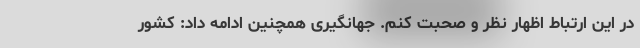
در این ارتباط اظهار نظر و صحبت کنم. جهانگیری همچنین ادامه داد: کشور